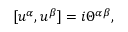
\lbrack u ^ { \alpha } , u ^ { \beta } ] = i \Theta ^ { \alpha \beta } ,